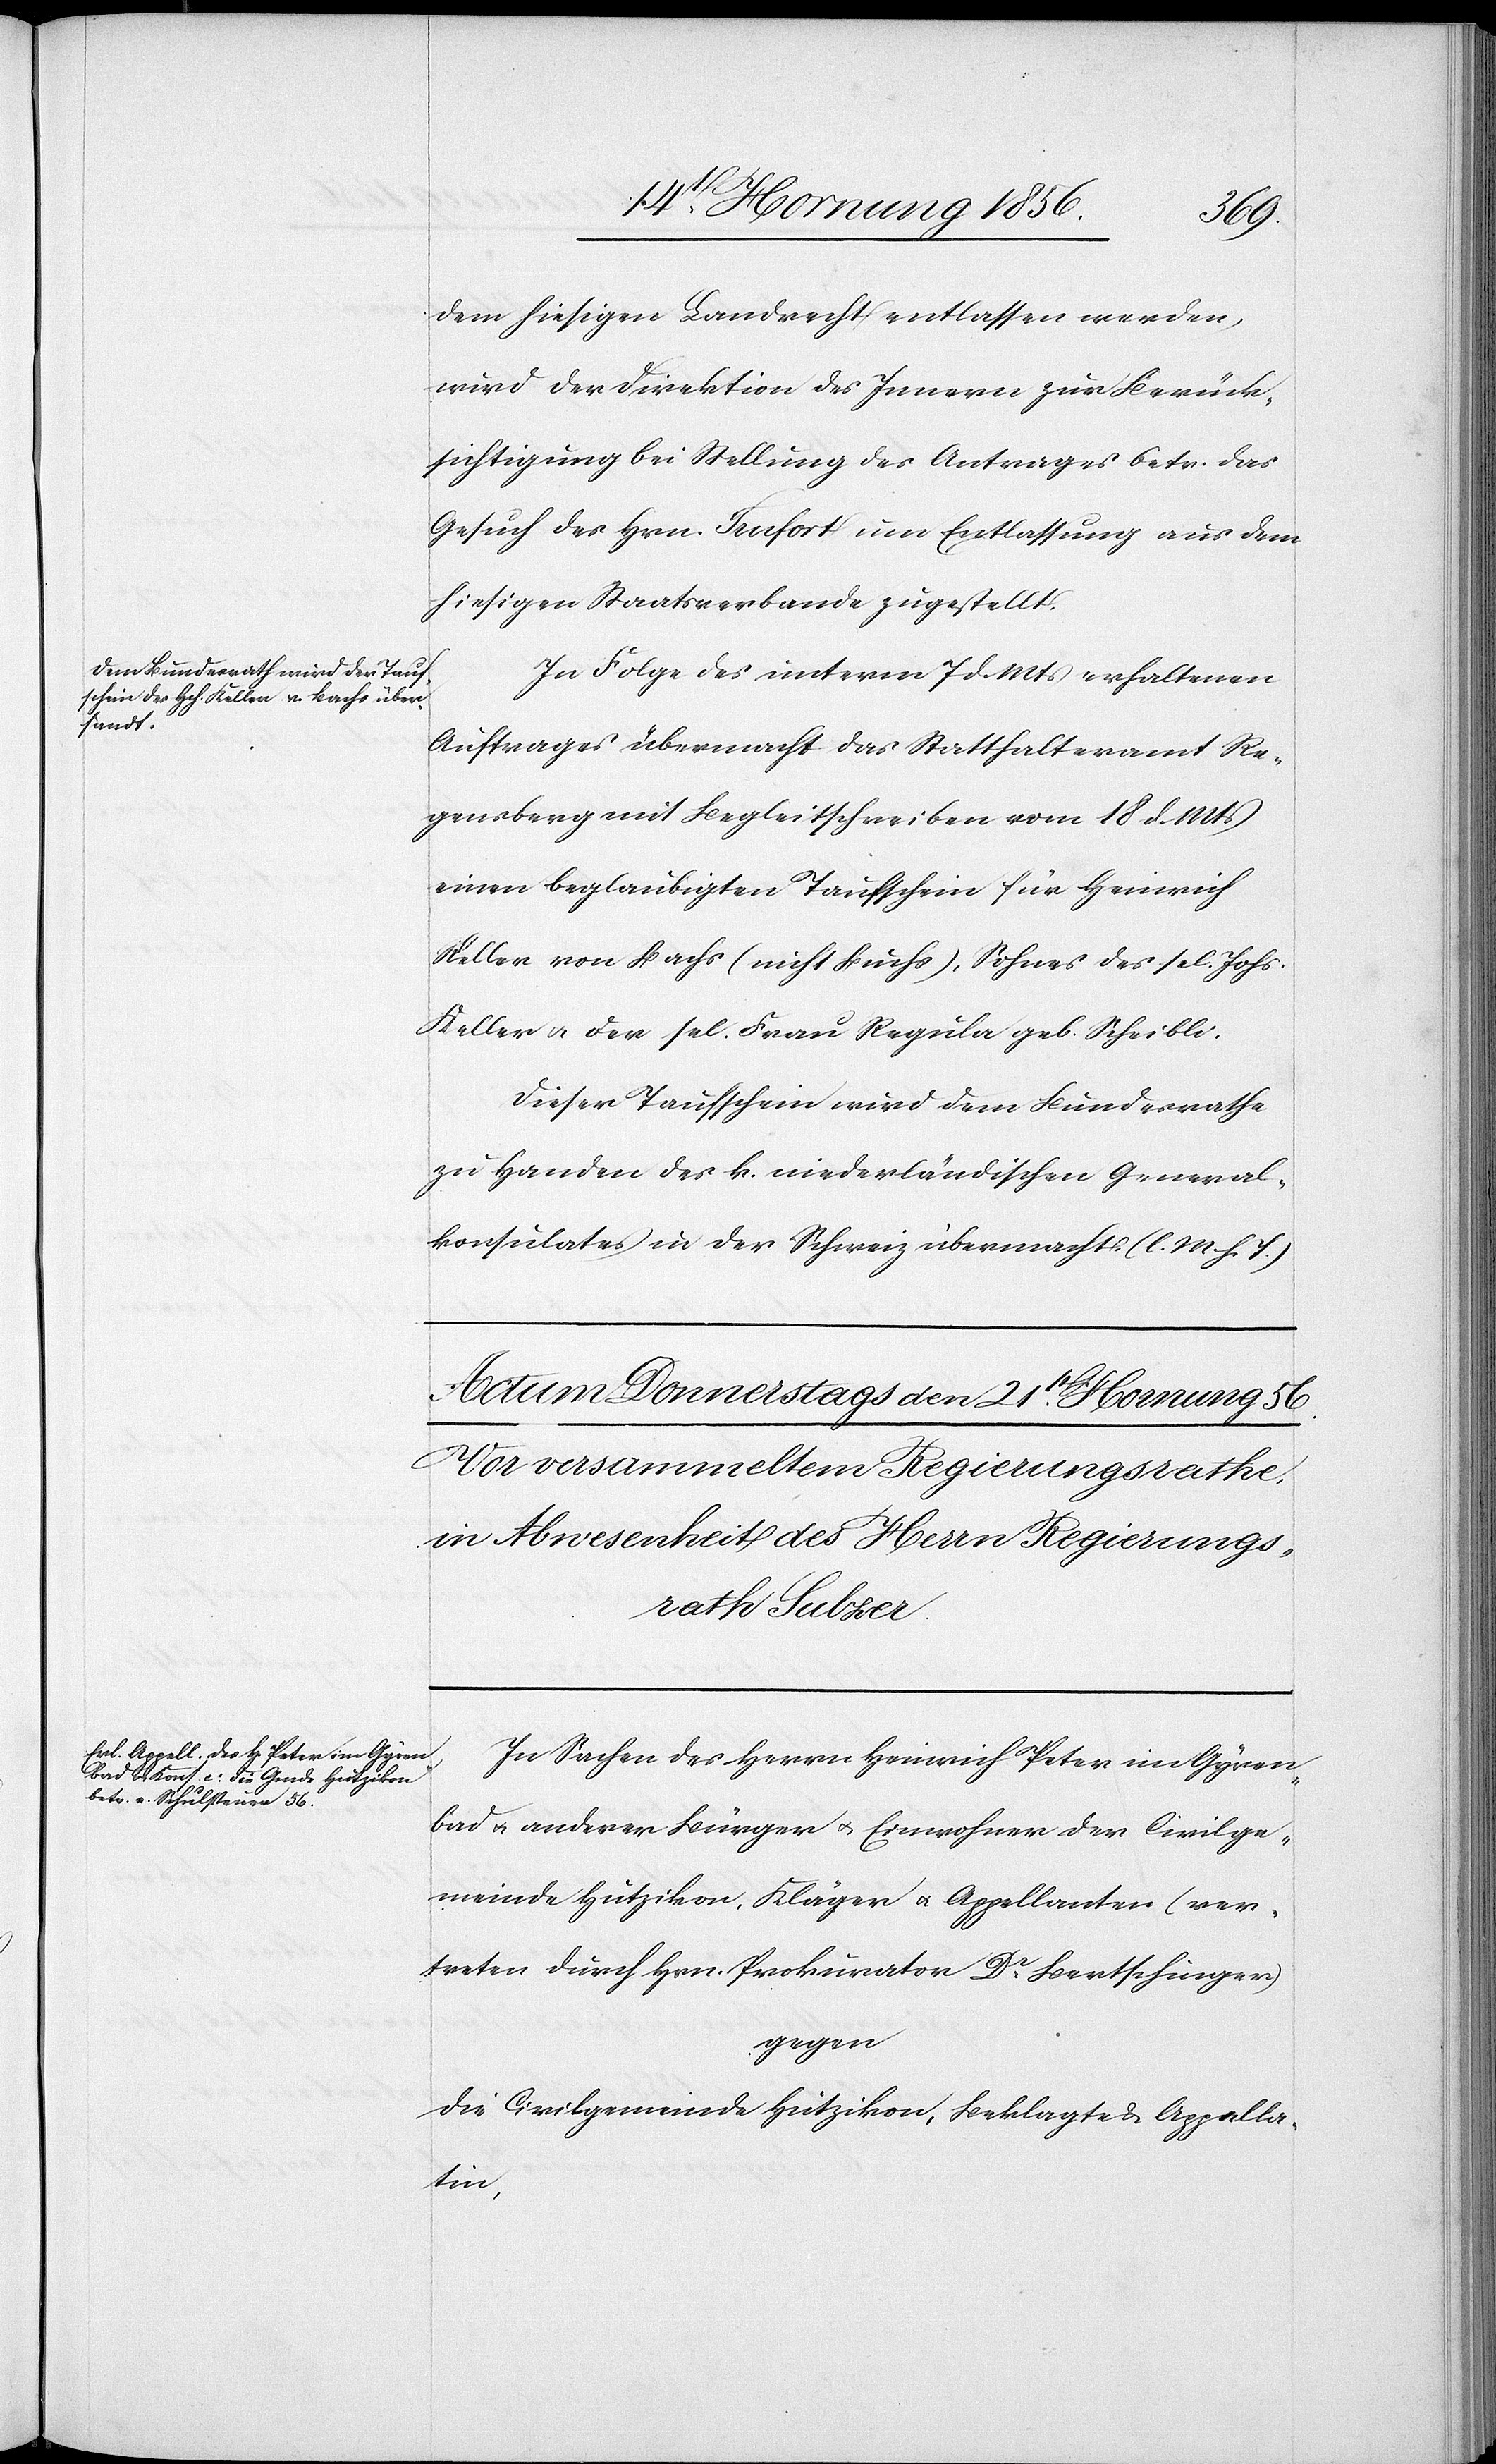
dem hiesigen Landrecht entlassen werden,
wird der Direktion des Innern zur Berück¬
sichtigung bei Stellung des Antrages betr. das
Gesuch des Hrn. Trufort um Entlassung aus dem
hiesigen Staatsverbande zugestellt.
In Folge des unterm 7 d. Mts erhaltenen
Auftrages übermacht das Statthalteramt Re¬
gensberg mit Begleitschreiben vom 18 d. Mts
einen beglaubigten Taufschein für Heinrich
Keller von Bachs (nicht Buchs), Sohnes des sel. Johs.
Keller u. der sel. Frau Regula geb. Scheibli.
Dieser Taufschein wir dem Bundesrathe
zu Handen des k. niederländischen General¬
konsulates in der Schweiz übermacht (l. M. h. T.)
In Sachen des Herrn Heinrich Peter im Gyren¬
bad u. anderer Bürger u. Einwohner der Civilge¬
meinde Hutzikon, Kläger u. Appellanten (ver¬
treten durch Hrn. Prokurator Dr Bertschinger)
gegen
die Civilgemeinde Hutzikon, Beklagte & Appella¬
tin,